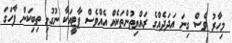
މިހާރު ވެސް ގިނަ އަދަދެއްގެ ރައްޔިތުންތަކެއް އެއްވެސް ޕާޓީއަކާ ނުގުޅި ތިބިކަން ފާހަގަ